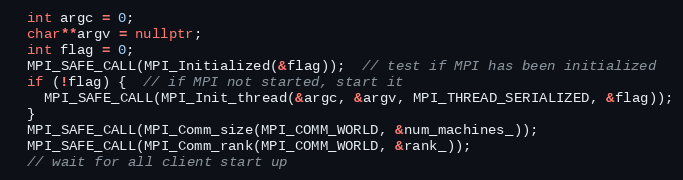
Language: C++
  int argc = 0;
  char**argv = nullptr;
  int flag = 0;
  MPI_SAFE_CALL(MPI_Initialized(&flag));  // test if MPI has been initialized
  if (!flag) {  // if MPI not started, start it
    MPI_SAFE_CALL(MPI_Init_thread(&argc, &argv, MPI_THREAD_SERIALIZED, &flag));
  }
  MPI_SAFE_CALL(MPI_Comm_size(MPI_COMM_WORLD, &num_machines_));
  MPI_SAFE_CALL(MPI_Comm_rank(MPI_COMM_WORLD, &rank_));
  // wait for all client start up